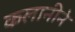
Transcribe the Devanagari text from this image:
कलानीने